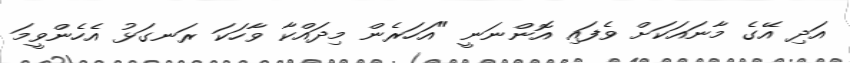
އަދި އޭގެ މާނައަކަށް ވެފައި އޮންނަނީ "އަހަރެން މިދައްކާ ވާހަކަ ރަނގަޅު އެހެންވީމަ